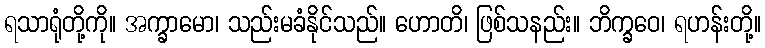
ရသာရုံတို့ကို။ အက္ခာမော၊ သည်းမခံနိုင်သည်။ ဟောတိ၊ ဖြစ်သနည်း။ ဘိက္ခဝေ၊ ရဟန်းတို့။